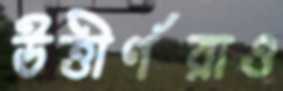
উত্তীর্ণরাও